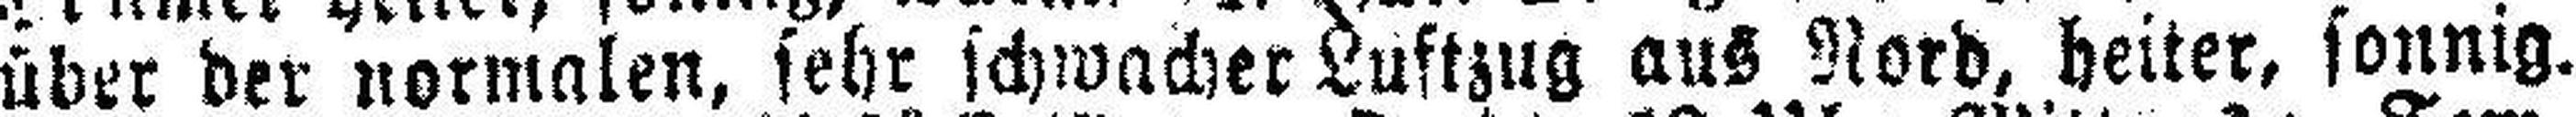
über der normalen, sehr schwacher Luftzug aus Nord, heiter, sonnig.